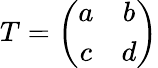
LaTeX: T=\left(\begin{array}{cc}{{a}}&{{b}}\\ {{c}}&{{d}}\end{array}\right)